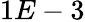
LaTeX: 1E-3